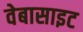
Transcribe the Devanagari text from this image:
वेबासाइट